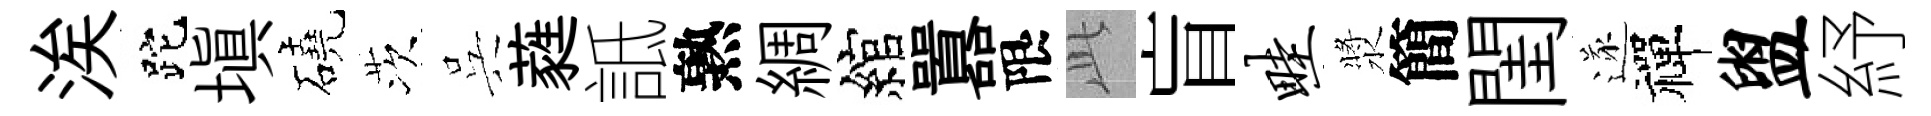
涘跎填磽茨呉蕤詆熟綢綰囂限𬼘盲畦漿簡閨遂禪盥紓